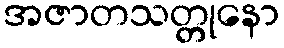
အဇာတသတ္တုနော